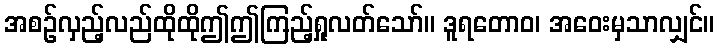
အစဉ်လှည့်လည်ထိုထိုဤဤကြည့်ရှုလတ်သော်။ ဒူရတောဝ၊ အဝေးမှသာလျှင်။